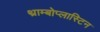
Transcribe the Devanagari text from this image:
थ्राम्बोप्लास्टिन